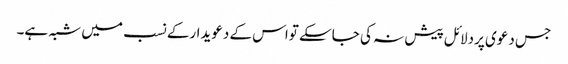
جس دعوی پردلائل پیش نہ کی جاسکے تواس کے دعویدارکے نسب میں شبہ ہے۔